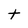
Character: t